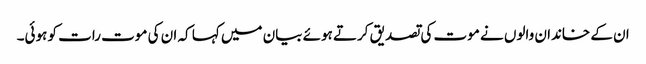
ان کے خاندان والوں نے موت کی تصدیق کرتے ہوئے بیان میں کہا کہ ان کی موت رات کو ہوئی۔